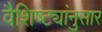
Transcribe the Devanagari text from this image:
वैशिष्ट्यांनुसार